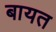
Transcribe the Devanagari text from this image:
बायत